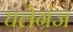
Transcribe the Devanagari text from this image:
घलेगंज